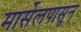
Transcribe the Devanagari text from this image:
मार्सेलपासून